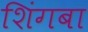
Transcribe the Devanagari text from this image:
शिंगबा